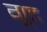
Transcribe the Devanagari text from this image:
गूट